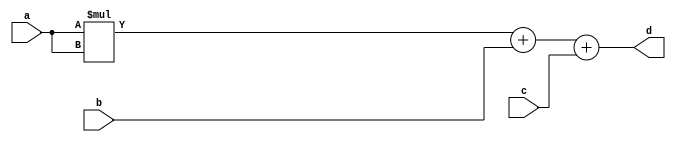
module top_word(a, b, c, d);
input [15:0] a, b, c;
output [31:0] d;

assign d = a*a + b + c;

endmodule